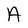
Character: A